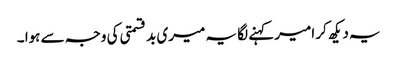
یہ دیکھ کر امیر کہنے لگا یہ میری بد قسمتی کی وجہ سے ہوا ۔